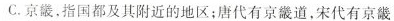
C.京畿，指国都及其附近的地区；唐代有京畿道，宋代有京畿